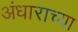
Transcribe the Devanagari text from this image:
अंधाराच्या